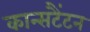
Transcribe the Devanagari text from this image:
कान्सटैंटन